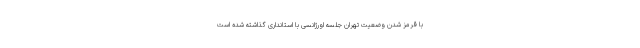
با قرمز شدن وضعیت تهران جلسه اورژانسی با استانداری گذاشته شده است